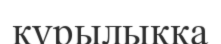
құрылыққа